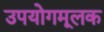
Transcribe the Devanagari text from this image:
उपयोगमूलक